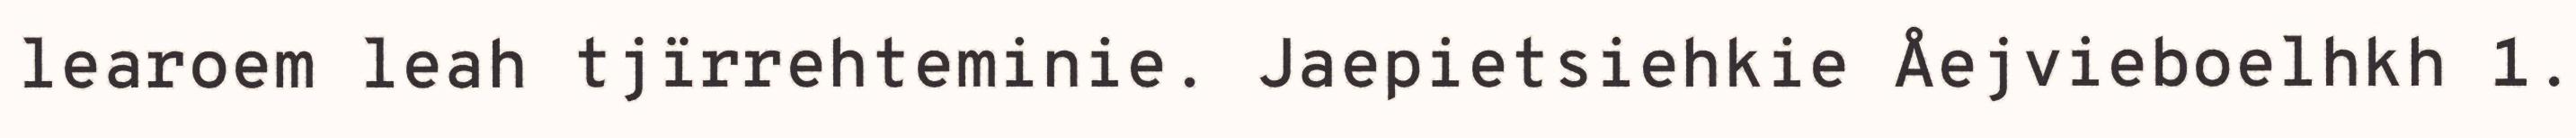
learoem leah tjïrrehteminie. Jaepietsiehkie Åejvieboelhkh 1.